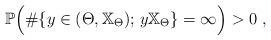
LaTeX: \begin{align*}\mathbb{P} \Big( \#\{ y \in (\Theta,\mathbb{X}_{\Theta}) ;\, y \mathbb{X}_{\Theta} \} = \infty \Big) > 0 ~,\end{align*}